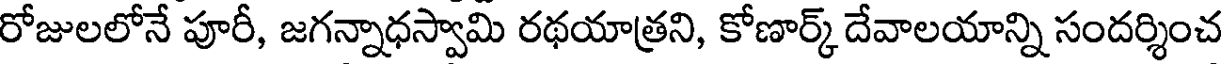
రోజులలోనే పూరీ, జగన్నాధస్వామి రథయాత్రని, కోణార్క్ దేవాలయాన్ని సందర్శించ